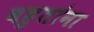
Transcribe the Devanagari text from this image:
बहुतांना